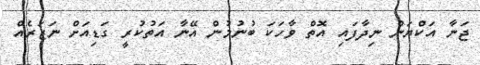
ޖަނާ އަކްޔަން ނިދާފައި އޮތް ވާހަކަ ބުނުމުން އޭނާ އަތުކުރީ ގަޑިއަށް ނަޒަރެއް